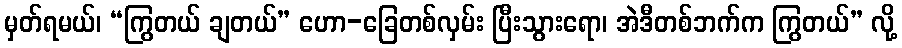
မှတ်ရမယ်၊ “ကြွတယ် ချတယ်” ဟော-ခြေတစ်လှမ်း ပြီးသွားရော၊ အဲဒီတစ်ဘက်က ကြွတယ်” လို့